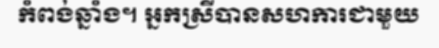
កំពង់ឆ្នាំង។ អ្នកស្រីបានសហការជាមួយ